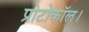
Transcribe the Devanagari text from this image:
प्रोटोकॉल।